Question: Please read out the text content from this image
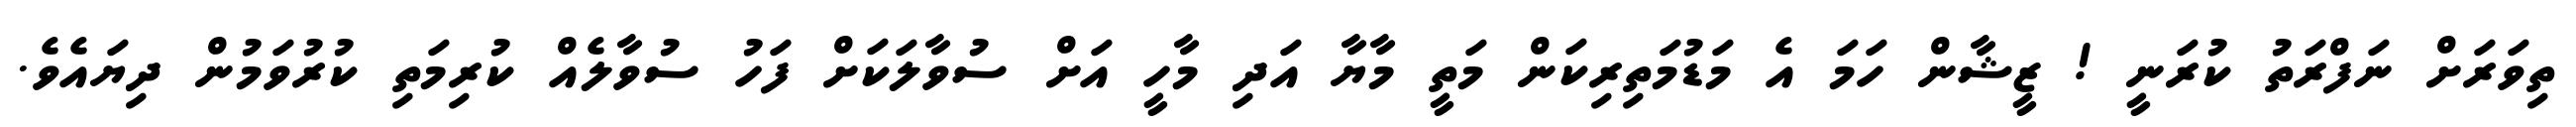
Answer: ތިވަރަށް ނަފްރަތު ކުރަނީ ! ޒީޝާން ހަމަ އެ މަޑުމަތިރިކަން މަތީ މާޔާ އަދި މާހީ އަށް ސުވާލަކަށް ފަހު ސުވާލެއް ކުރިމަތި ކުރުވަމުން ދިޔައެވެ.